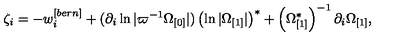
\zeta _ { i } = - w _ { i } ^ { [ b e r n ] } + ( \partial _ { i } \ln | \varpi ^ { - 1 } \Omega _ { \lbrack 0 ] } | ) \left( \ln | \Omega _ { \lbrack 1 ] } | \right) ^ { \ast } + \left( \Omega _ { \lbrack 1 ] } ^ { \ast } \right) ^ { - 1 } \partial _ { i } \Omega _ { \lbrack 1 ] } ,